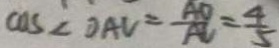
\cos \angle D A C = \frac { A D } { A C } = \frac { 4 } { 5 }